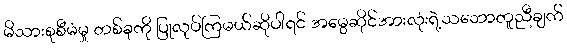
မိသားစုစီမံမှု တစ်ခုကို ပြုလုပ်ကြမယ်ဆိုပါရင် အမွေဆိုင်အားလုံးရဲ့သဘောတူညီချက်